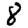
Digit: 8